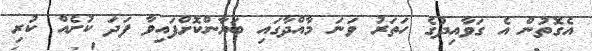
އެގޮތުން އެ ގަވާއިދުގެ ހަތަރު ވަނަ މާއްދާގައި ބަޔާންކޮށްފައިވާ ފަދަ ކުށެއް ކުރި